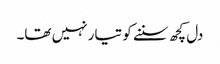
دل کچھ سننے کو تیار نہیں تھا۔